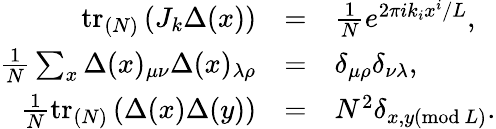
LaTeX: \begin{array}{rcl}{{\mathrm{tr}_{(N)}\left(J_{k}\Delta(x)\right)}}&{{=}}&{{\frac{1}{N}e^{2\pi ik_{i}x^{i}/L},}}\\ {{\frac{1}{N}\sum_{x}\Delta(x)_{\mu\nu}\Delta(x)_{\lambda\rho}}}&{{=}}&{{\delta_{\mu\rho}\delta_{\nu\lambda},}}\\ {{\frac{1}{N}\mathrm{tr}_{(N)}\left(\Delta(x)\Delta(y)\right)}}&{{=}}&{{N^{2}\delta_{x,y(\mathrm{mod}\ L)}.}}\end{array}